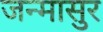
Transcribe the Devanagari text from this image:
जन्मासुर